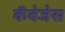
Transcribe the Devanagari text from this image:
कॅबेजेस